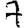
Digit: 7